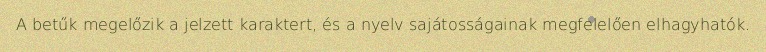
A betűk megelőzik a jelzett karaktert, és a nyelv sajátosságainak megfelelően elhagyhatók.